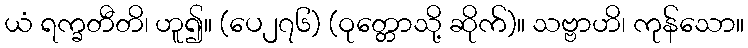
ယံ ရက္ခတီတိ၊ ဟူ၍။ (ပေ၂၇၆) (ဝုတ္တောသို့ ဆိုက်)။ သဗ္ဗာဟိ၊ ကုန်သော။